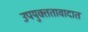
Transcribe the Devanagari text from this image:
उपयुक्ततावादात